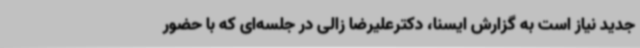
جدید نیاز است به گزارش ایسنا، دکترعلیرضا زالی در جلسه‌ای که با حضور